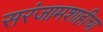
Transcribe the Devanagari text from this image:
सरंजामशाहीचा